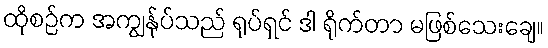
ထိုစဉ်က အကျွန်ုပ်သည် ရုပ်ရှင် ဒါ ရိုက်တာ မဖြစ်သေးချေ။